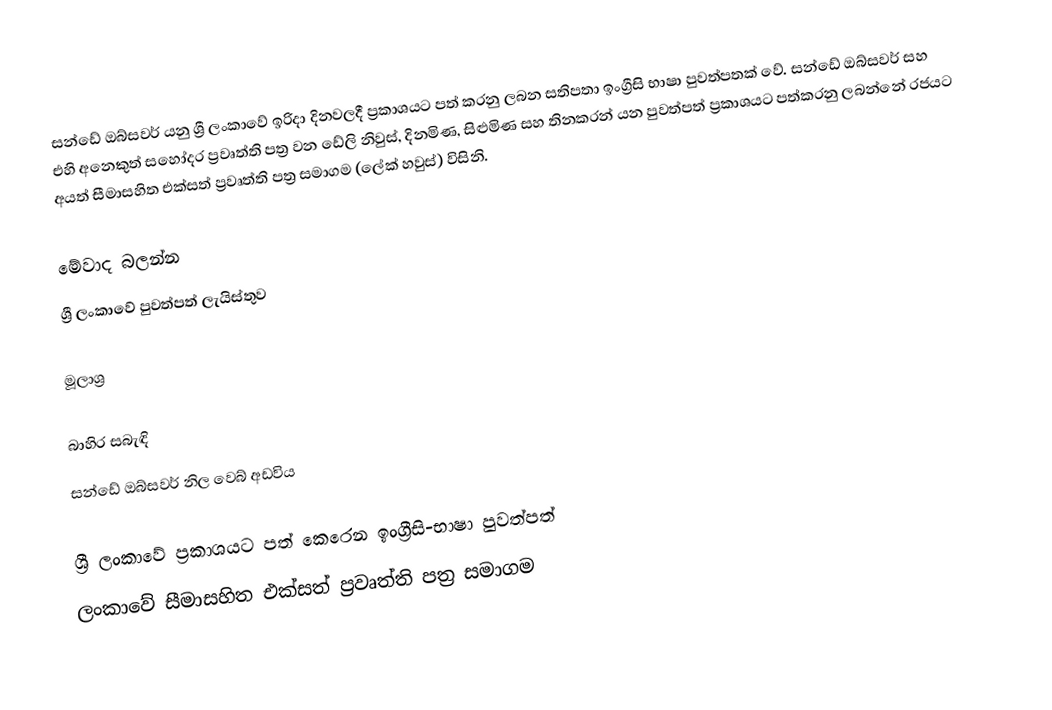
සන්ඩේ ඔබ්සවර්  යනු ශ්‍රී ලංකාවේ ඉරිදා දිනවලදී ප්‍රකාශයට පත් කරනු ලබන සතිපතා ඉංග්‍රීසි භාෂා පුවත්පතක් වේ. සන්ඩේ ඔබ්සවර්  සහ එහි අනෙකුත් සහෝදර ප්‍රවෘත්ති පත්‍ර වන ඩේලි නිවුස්, දිනමිණ, සිළුමිණ සහ තිනකරන් යන පුවත්පත් ප්‍රකාශයට පත්කරනු ලබන්නේ රජයට අයත් සීමාසහිත එක්සත් ප්‍රවෘත්ති පත්‍ර සමා‍ගම (ලේක් හවුස්) විසිනි.

මේවාද බලන්න
ශ්‍රී ලංකාවේ පුවත්පත් ලැයිස්තුව

මූලාශ්‍ර

බාහිර සබැඳි
 සන්ඩේ ඔබ්සවර් නිල වෙබ් අඩවිය

 ශ්‍රී ලංකාවේ ප්‍රකාශයට පත් කෙරෙන ඉංග්‍රීසි-භාෂා පුවත්පත්
ලංකාවේ සීමාසහිත එක්සත් ප්‍රවෘත්ති පත්‍ර සමාගම